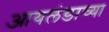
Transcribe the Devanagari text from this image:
आयलंडाच्या